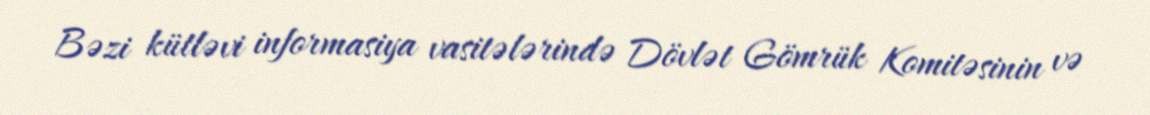
Bəzi kütləvi informasiya vasitələrində Dövlət Gömrük Komitəsinin və